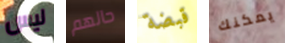
ليس حالهم قبضة يمكنك